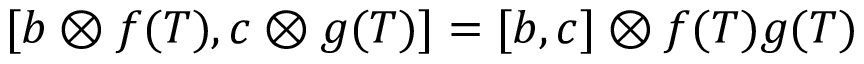
[ b \otimes f ( T ) , c \otimes g ( T ) ] = [ b , c ] \otimes f ( T ) g ( T )